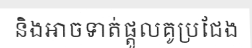
និងអាចទាត់ផ្តួលគូប្រជែង